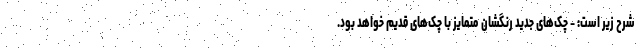
شرح زیر است: - چک‌های جدید رنگشان متمایز با چک‌های قدیم خواهد بود.